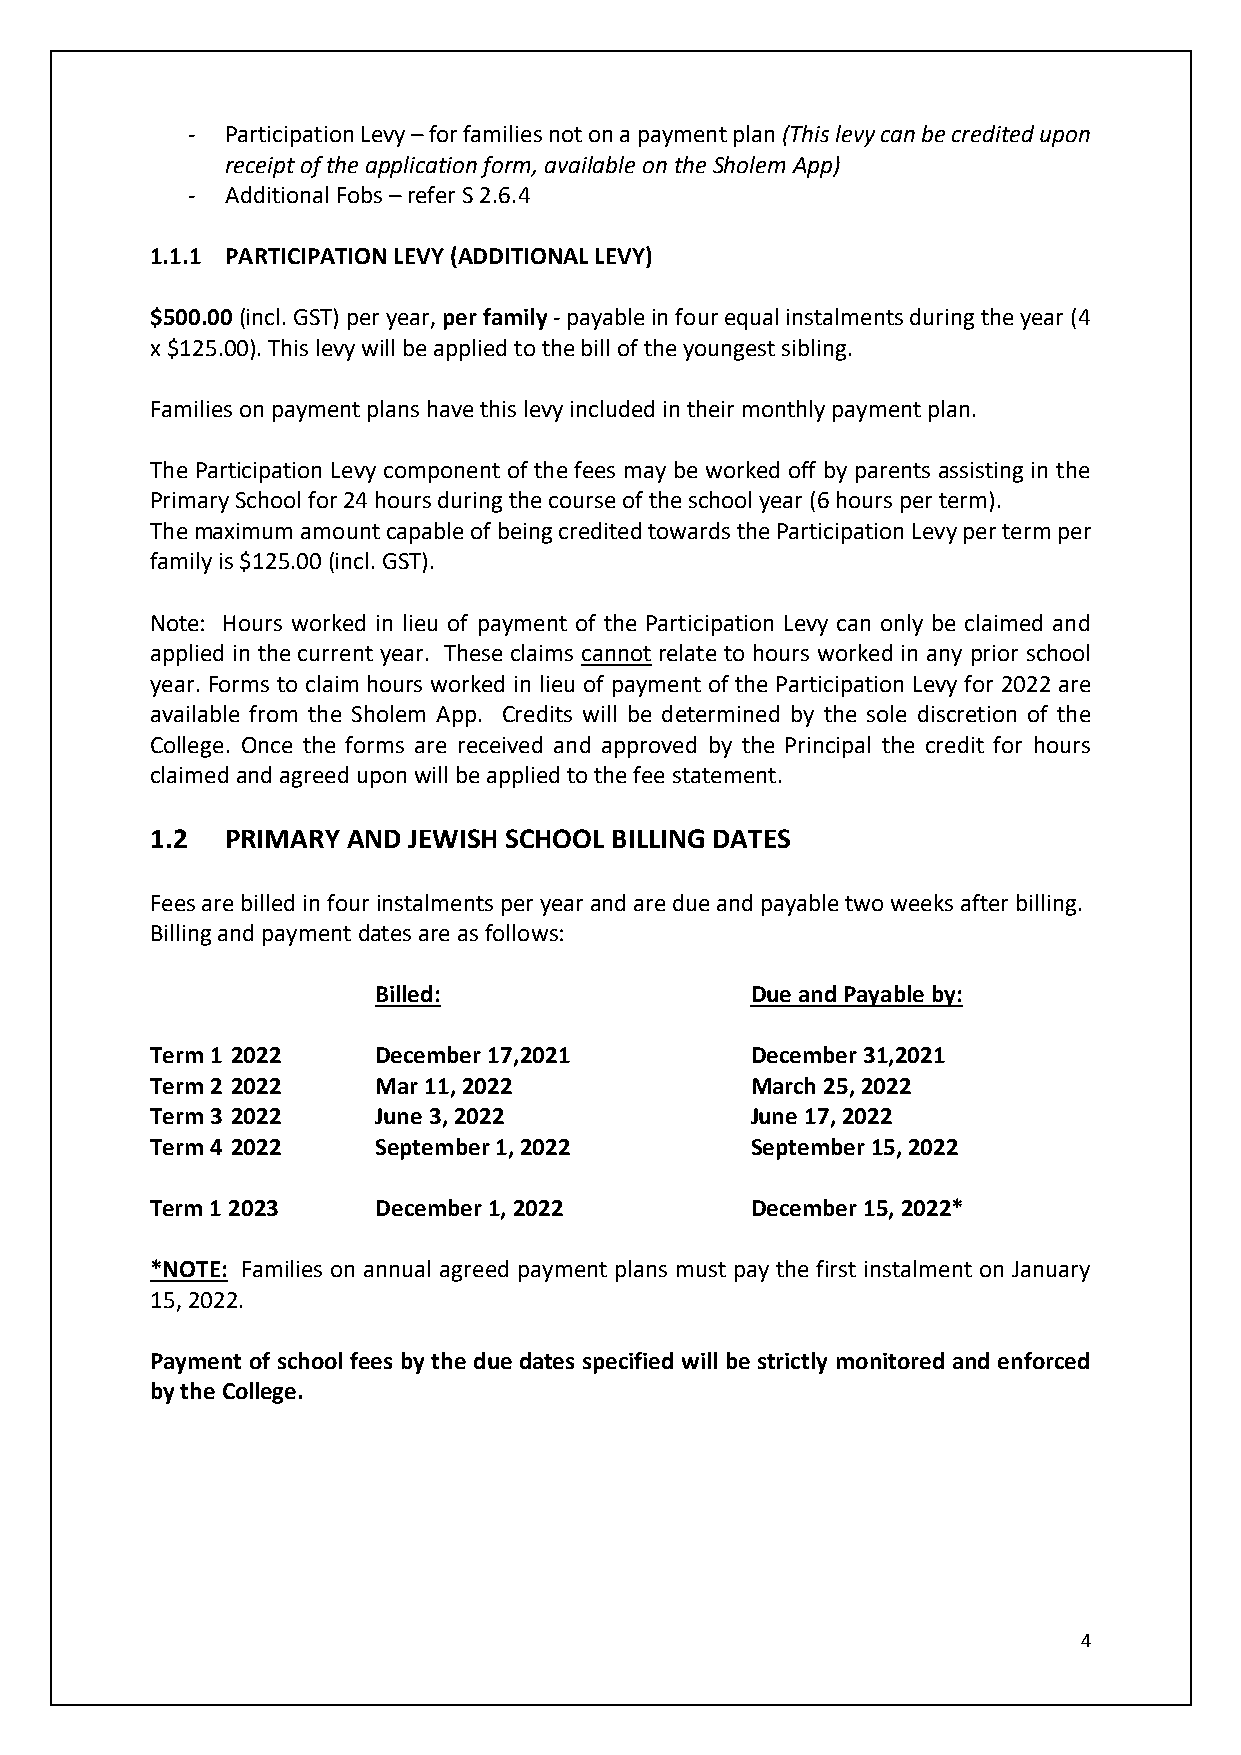
-  Participation Levy – for families not on a payment plan (This levy can be credited upon
 receipt of the application form, available on the Sholem App)
 -  Additional Fobs – refer S 2.6.4
 1.1.1 PARTICIPATION LEVY (ADDITIONAL LEVY)
 $500.00 (incl. GST) per year, per family - payable in four equal instalments during the year (4
 x $125.00). This levy will be applied to the bill of the youngest sibling.
 Families on payment plans have this levy included in their monthly payment plan.
 The Participation Levy component of the fees may be worked off by parents assisting in the
 Primary School for 24 hours during the course of the school year (6 hours per term).
 The maximum amount capable of being credited towards the Participation Levy per term per
 family is $125.00 (incl. GST).
 Note: Hours worked in lieu of payment of the Participation Levy can only be claimed and
 applied in the current year. These claims cannot relate to hours worked in any prior school
 year. Forms to claim hours worked in lieu of payment of the Participation Levy for 2022 are
 available from the Sholem App. Credits will be determined by the sole discretion of the
 College. Once the forms are received and approved by the Principal the credit for hours
 claimed and agreed upon will be applied to the fee statement.
 1.2  PRIMARY AND JEWISH SCHOOL BILLING DATES
 Fees are billed in four instalments per year and are due and payable two weeks after billing.
 Billing and payment dates are as follows:
 Billed:                  Due and Payable by:
 Term 1 2022    December 17,2021         December 31,2021
 Term 2 2022    Mar 11, 2022             March 25, 2022
 Term 3 2022    June 3, 2022             June 17, 2022
 Term 4 2022    September 1, 2022        September 15, 2022
 Term 1 2023    December 1, 2022         December 15, 2022*
 *NOTE: Families on annual agreed payment plans must pay the first instalment on January
 15, 2022.
 Payment of school fees by the due dates specified will be strictly monitored and enforced
 by the College.
 4